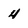
Character: 4